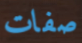
صفات